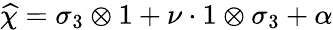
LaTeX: \widehat{\chi}=\sigma_{3}\otimes 1+\nu\cdot 1\otimes\sigma_{3}+\alpha